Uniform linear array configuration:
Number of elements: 8
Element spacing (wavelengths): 0.25
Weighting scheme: blackman
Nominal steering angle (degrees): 45
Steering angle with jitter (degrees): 44.043
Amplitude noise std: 0.05
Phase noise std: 0.05

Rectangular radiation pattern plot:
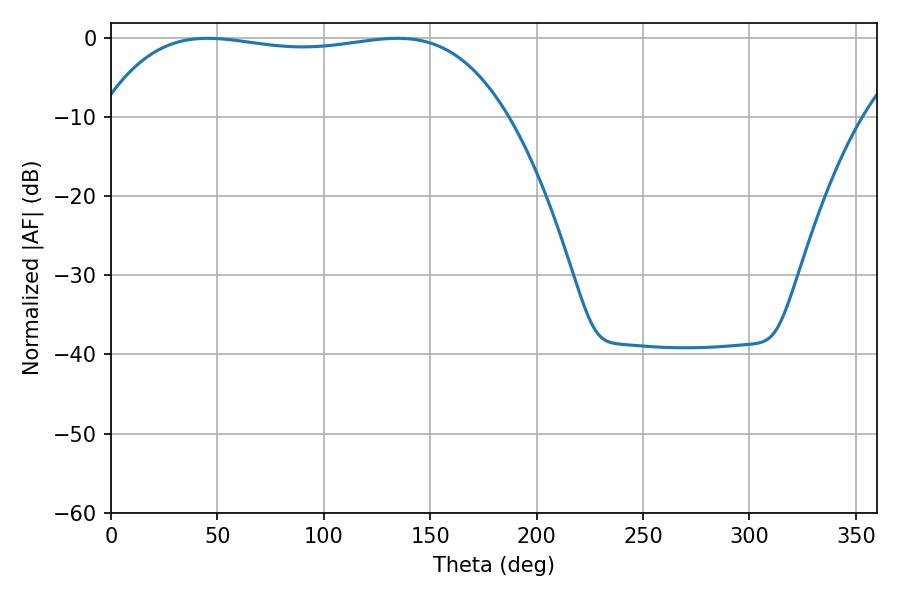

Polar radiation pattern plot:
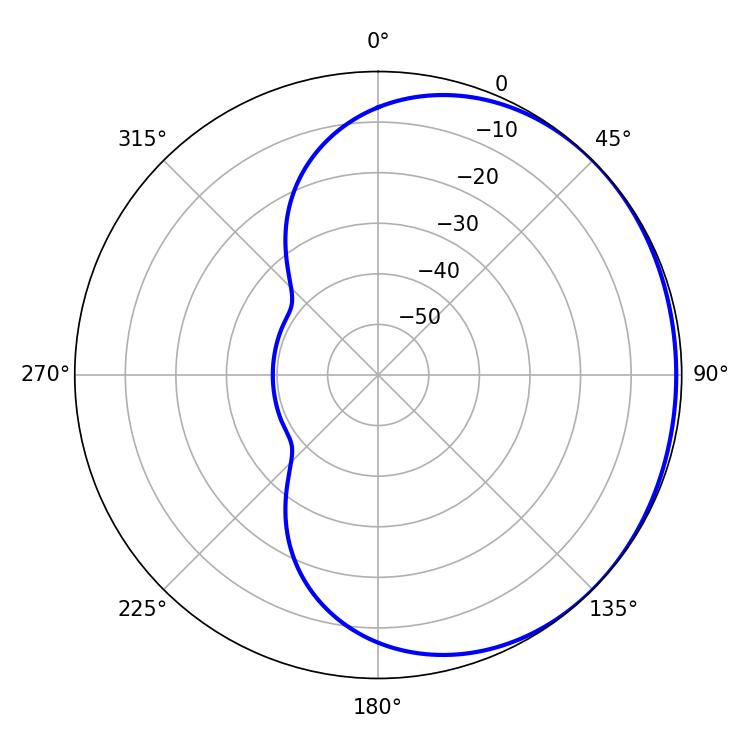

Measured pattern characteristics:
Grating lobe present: FALSE
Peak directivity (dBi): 0.6887
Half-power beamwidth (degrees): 152.28
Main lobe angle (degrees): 45.36